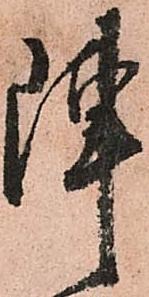
陣